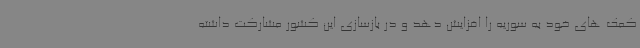
کمک های خود به سوریه را افزایش دهد و در بازسازی این کشور مشارکت داشته